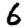
Digit: 6